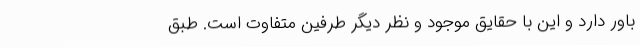
باور دارد و این با حقایق موجود و نظر دیگر طرفین متفاوت است‌. طبق